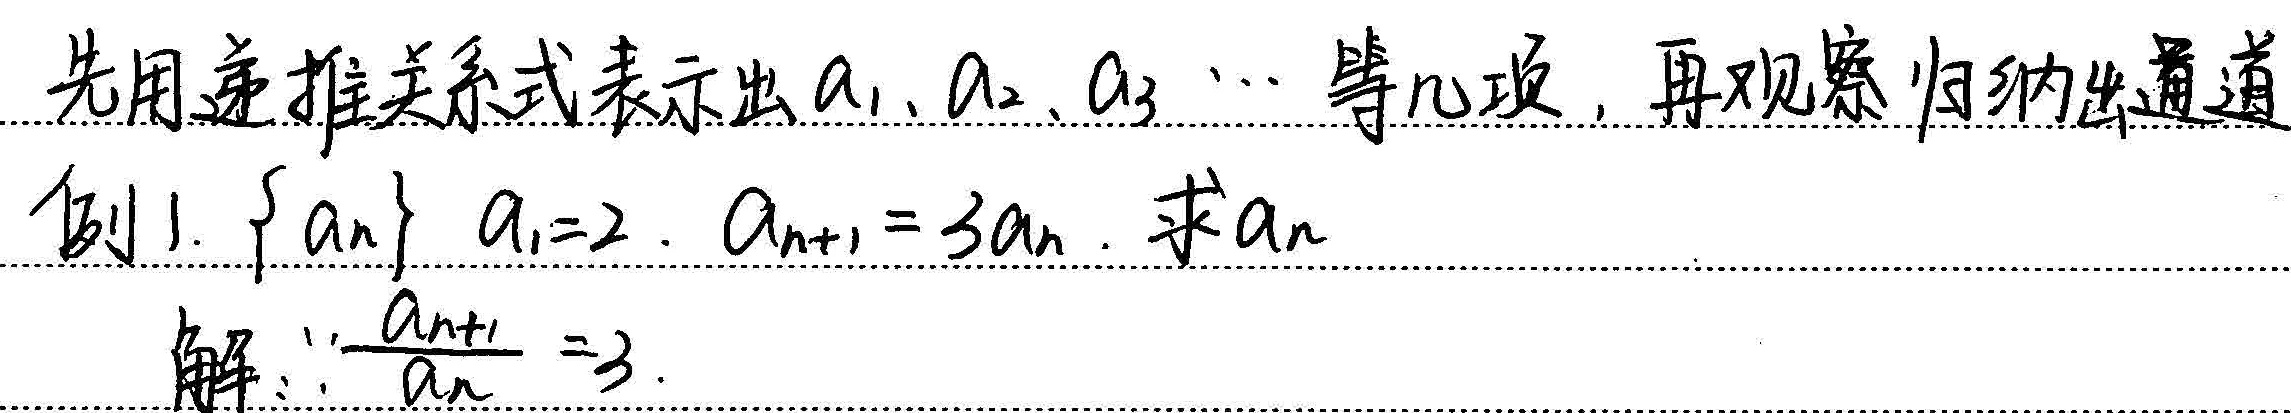
先用递推关系式表示出\(a_1,a_2,a_3,\cdots\)等几项，再观察归纳出通项。

例1. 已知数列\(\{a_n\}\)中\(a_1 = 2\)，\(a_{n + 1}=3a_n\)，求\(a_n\)。

解：\(\because\frac{a_{n + 1}}{a_n}=3\)